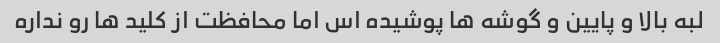
لبه بالا و پایین و گوشه ها پوشیده اس اما محافظت از کلید ها رو نداره